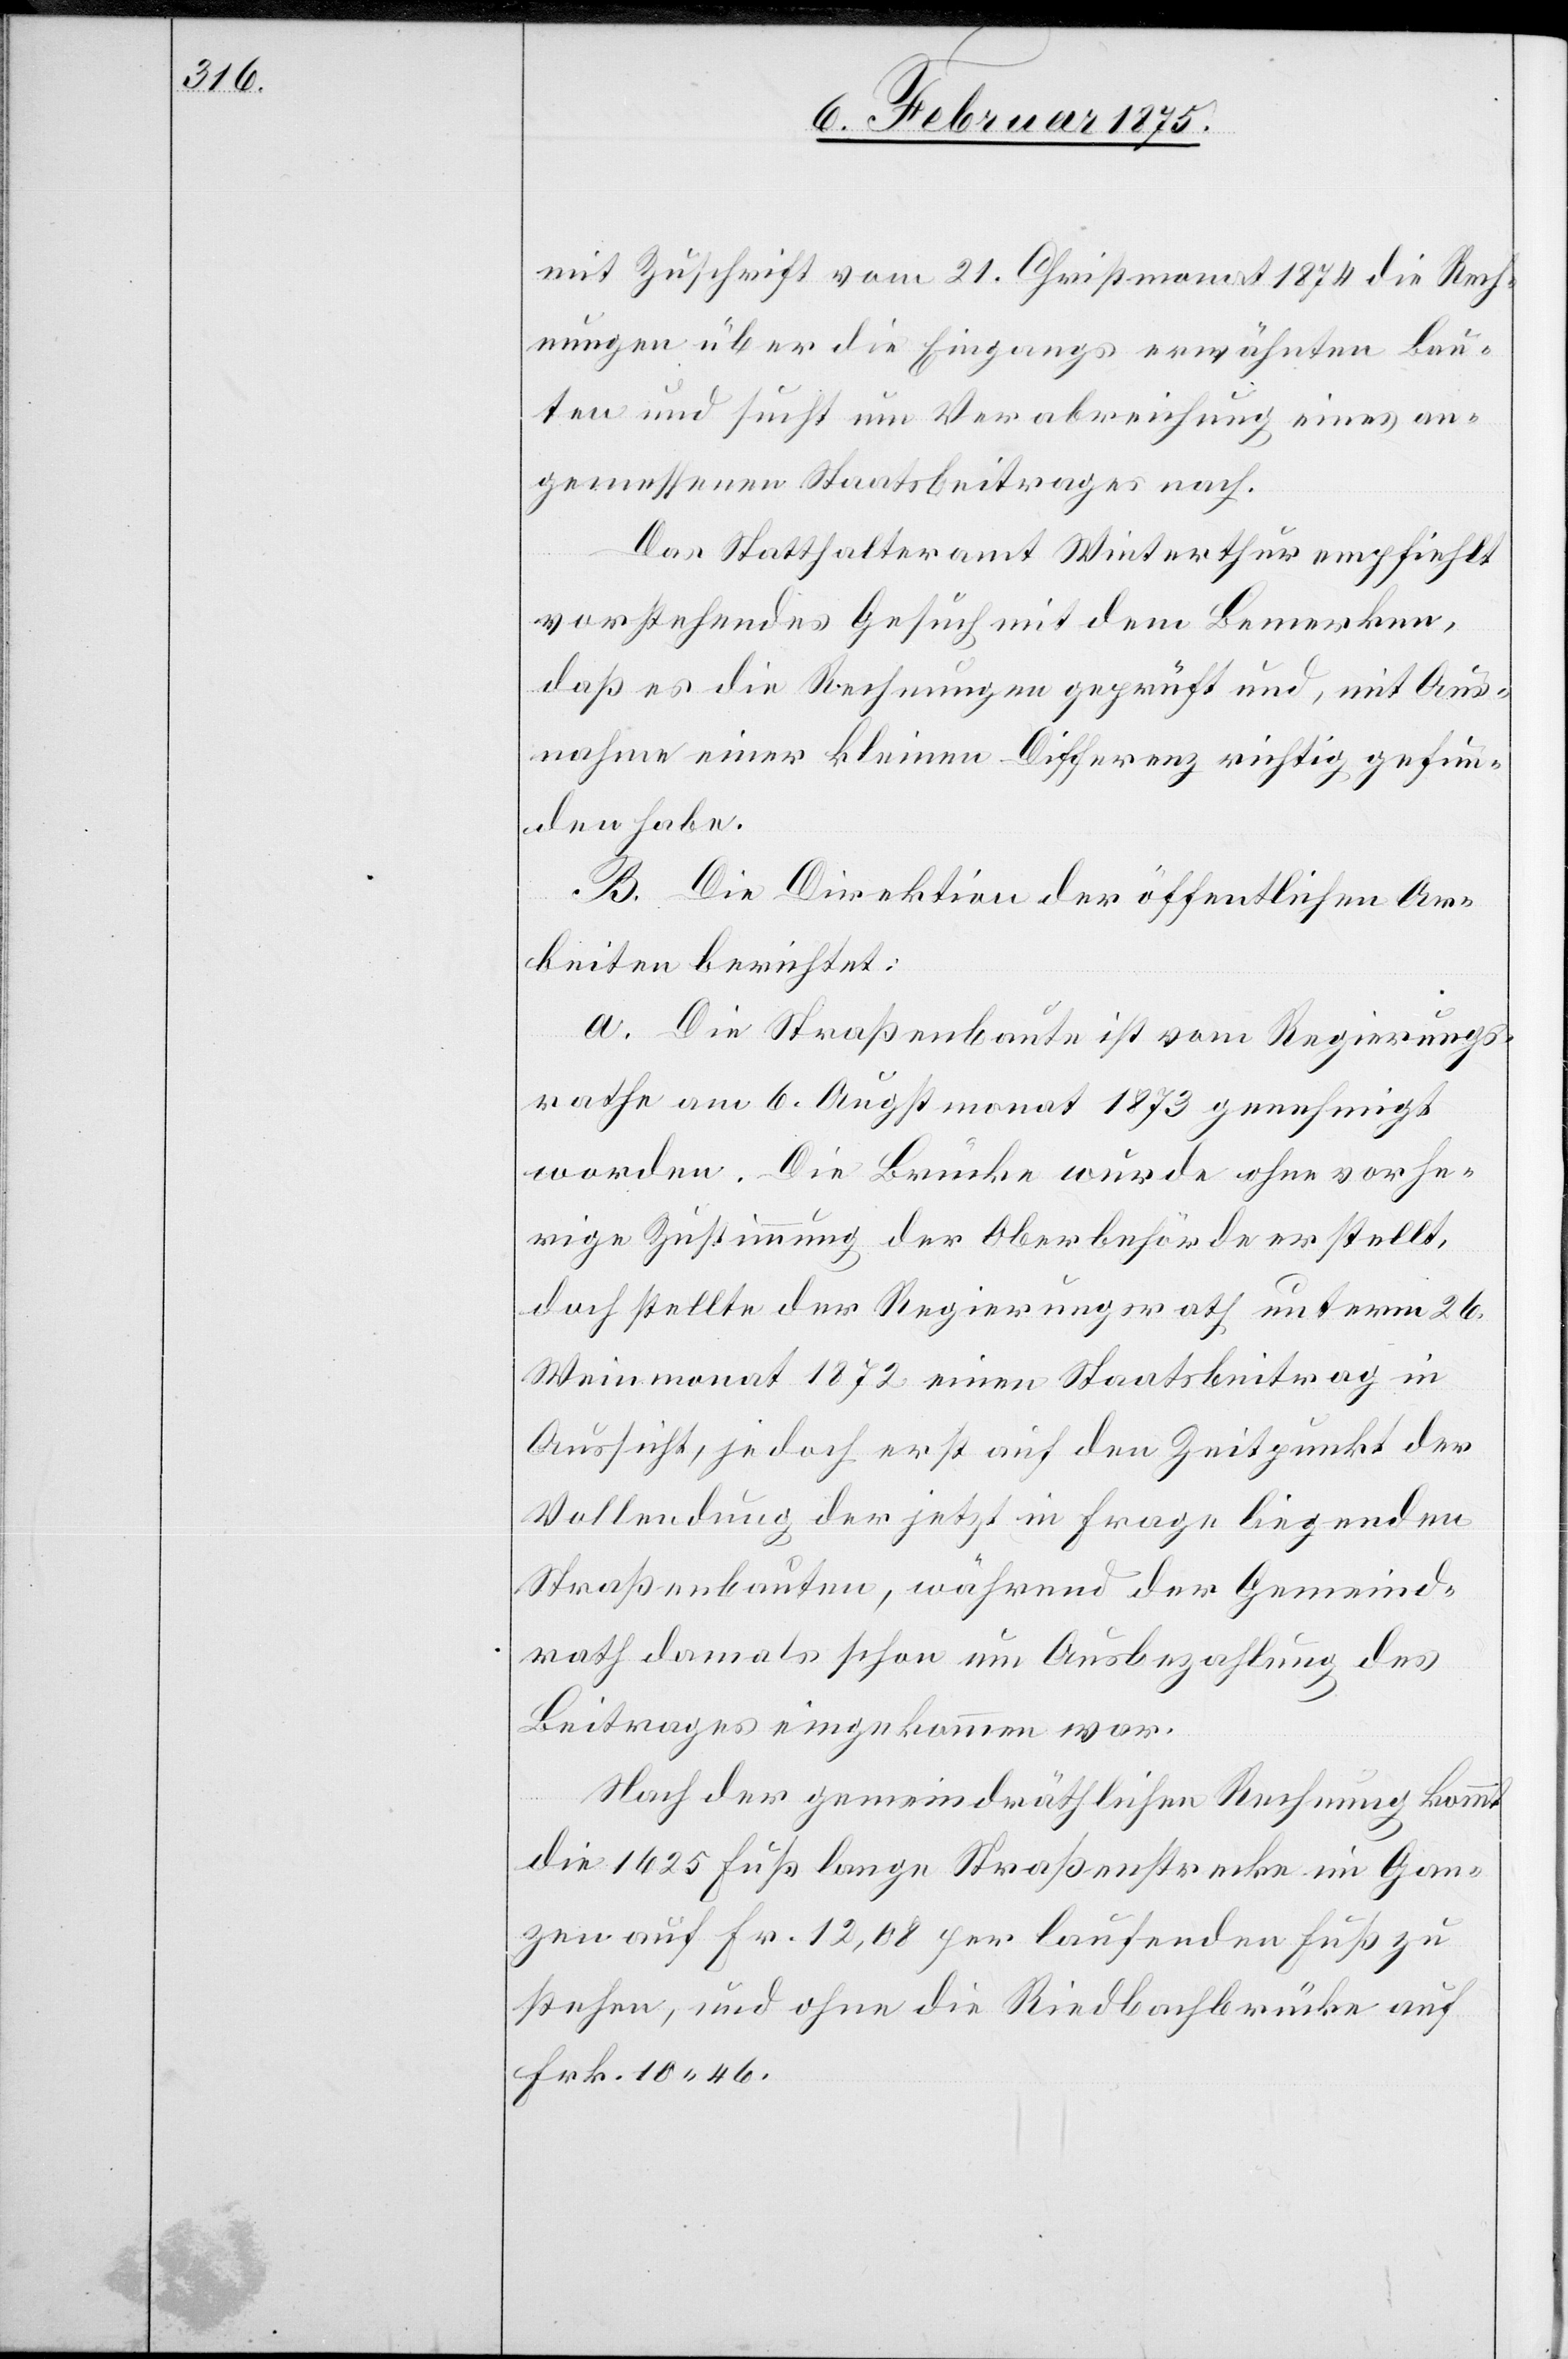
mit Zuschrift vom 21. Christmonat 1874 die Rech¬
nungen über die Eingangs erwähnten Bau¬
ten und sucht um Verabreichung eines an¬
gemessenen Staatsbeitrages nach.
Das Statthalteramt Winterthur empfiehlt
vorstehendes Gesuch mit dem Bemerken,
daß es die Rechnungen geprüft und, mit Aus¬
nahme einer kleinen Differenz richtig gefun¬
den habe.
B. Die Direktion der öffentlichen Ar¬
beiten berichtet:
a. Die Straßenbaute ist vom Regierungs¬
rathe am 6. Augstmonat 1873 genehmigt
worden. Die Brücke wurde ohne vorhe¬
rige Zustimmung der Oberbehörden erstellt,
doch stellte der Regierungsrath unterm 26.
Weinmonat 1872 einen Staatsbeitrag in
Aussicht, jedoch erst auf den Zeitpunkt der
Vollendung der jetzt in Frage liegenden
Straßenbauten, während der Gemeind¬
rath damals schon um Ausbezahlung des
Beitrages eingekommen war.
Nach der gemeindräthlichen Rechnung kommt
die 1625 Fuß lange Straßenstrecke im Gan¬
zen auf fr. 12,08 per laufenden Fuß zu
sprechen, und ohne die Riedbachbrücke auf
Frk. 10. 46.